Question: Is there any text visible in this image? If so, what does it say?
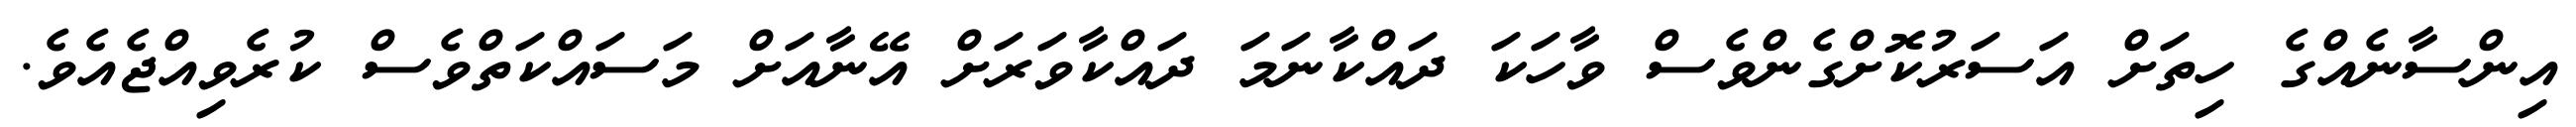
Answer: އިންސާނެއްގެ ހިތަށް އަސަރުކޮށްގެންވެސް ވާހަކަ ދައްކާނަމަ ދައްކާވަރަށް އޭނާއަށް މަސައްކަތްވެސް ކުރެވިއްޖެއެވެ.